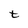
Character: t